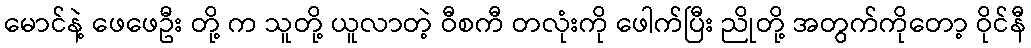
မောင်နဲ့ ဖေဖေဦး တို့ က သူတို့ ယူလာတဲ့ ဝီစကီ တလုံးကို ဖေါက်ပြီး ညိုတို့ အတွက်ကိုတော့ ဝိုင်နီ